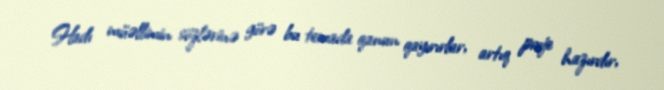
Hadı müəllimin sözlərinə görə bu temada qanun qayırırlar, artıq proje hazırdır,